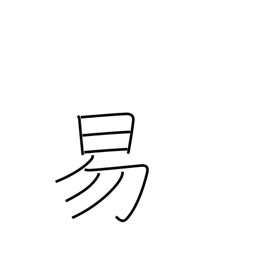
Meaning: easy